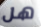
هل